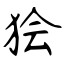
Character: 狯